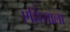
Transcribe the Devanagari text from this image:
एशियाला